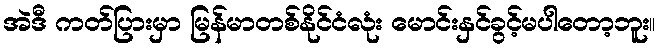
အဲဒီ ကတ်ပြားမှာ မြန်မာတစ်နိုင်ငံလုံး မောင်းနှင်ခွင့်မပါတော့ဘူး။